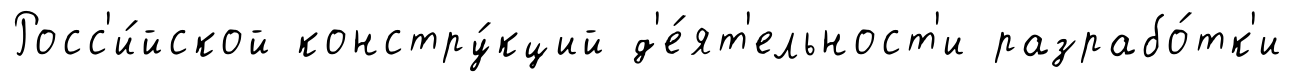
Росс'и́йской констру́кций д'е́ят'ельност'и разрабо́тк'и